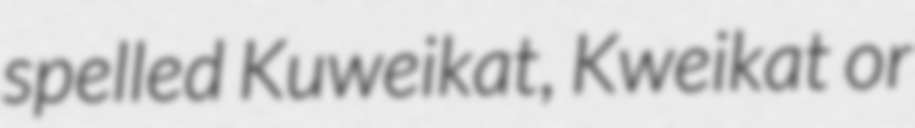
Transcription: spelled Kuweikat, Kweikat or